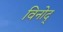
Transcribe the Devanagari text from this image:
विनोद्